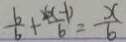
\frac { 6 } { 6 } + \frac { 2 ( x - 1 ) } { 6 } = \frac { x } { 6 }